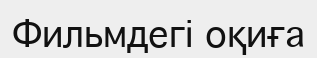
Фильмдегі оқиға